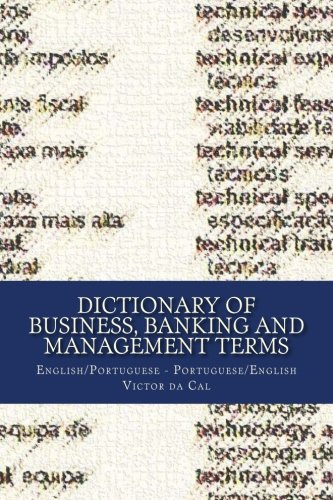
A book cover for Dictionary of Business, Banking and Management Terms: English/Portuguese; Portuguese/English; Mr Victor da Cal; Reference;